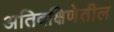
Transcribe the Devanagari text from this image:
अतिदक्षिणेतील